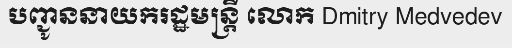
បញ្ជូននាយករដ្ឋមន្ត្រី លោក Dmitry Medvedev